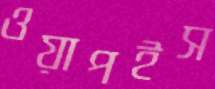
ওয়াপইস